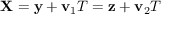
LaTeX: { \bf X } = { \bf y } + { \bf v } _ { 1 } T = { \bf z } + { \bf v } _ { 2 } T